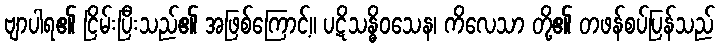
ဗျာပါရ၏ ငြိမ်းပြီးသည်၏ အဖြစ်ကြောင့်။ ပဋိသန္ဓိဝသေန၊ ကိလေသာ တို့၏ တဖန်စပ်ပြန်သည်